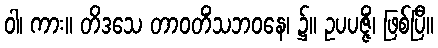
ဝါ၊ ကား။ တိဒသေ တာဝတိံသဘဝနေ၊ ၌။ ဥပပဇ္ဇိံ၊ ဖြစ်ပြီ။